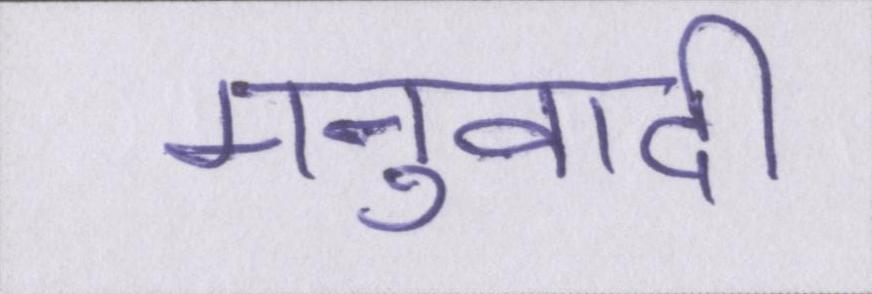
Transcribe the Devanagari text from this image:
मनुवादी